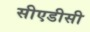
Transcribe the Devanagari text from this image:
सीएडीसी